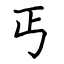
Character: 丐